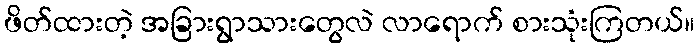
ဖိတ်ထားတဲ့ အခြားရွာသားတွေလဲ လာရောက် စားသုံးကြတယ်။